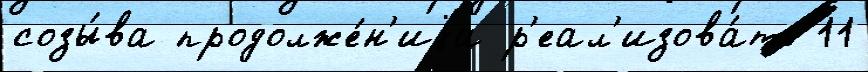
созы́ва продолже́н'иjа р'еал'изова́ть 11